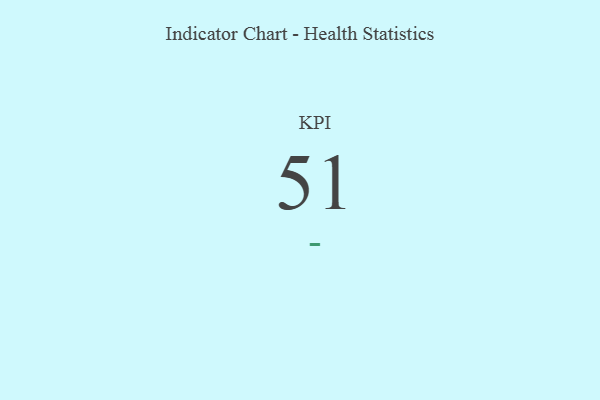
{"axis": {"x": "KPI", "y": "Value"}, "legend": [""], "data": [{"x": "KPI", "y": 51, "type": ""}]}